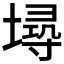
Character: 𡏷